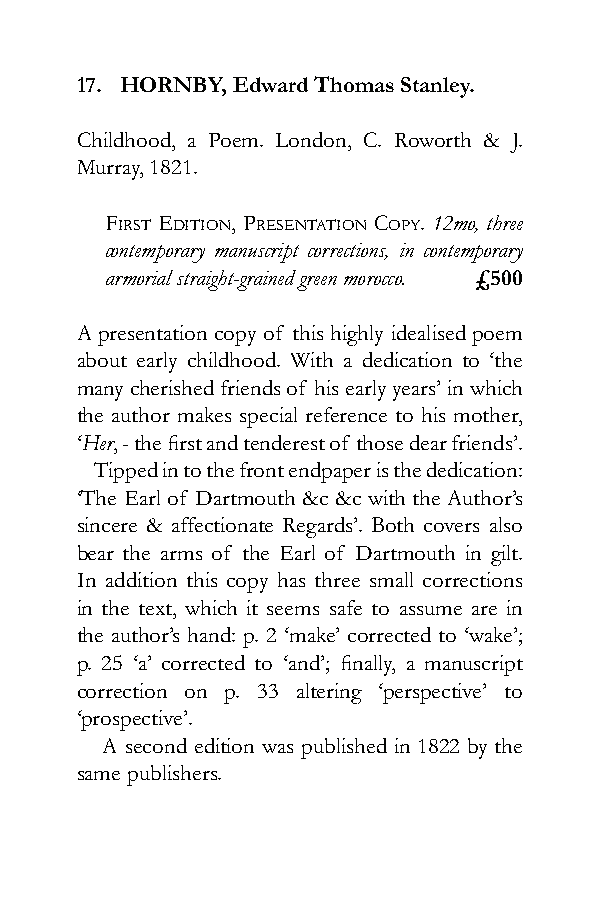
17. HORNBY, Edward Thomas Stanley.
 Childhood, a Poem. London, C. Roworth & J.
 Murray, 1821.
 First Edition, PrEsEntation coPy. 12mo, three
 contemporary manuscript corrections, in contemporary
 armorial straight-grained green morocco. £500
 A presentation copy of this highly idealised poem
 about early childhood. With a dedication to ‘the
 many cherished friends of his early years’ in which
 the author makes special reference to his mother,
 ‘Her, - the first and tenderest of those dear friends’.
 Tipped in to the front endpaper is the dedication:
 ‘The Earl of Dartmouth &c &c with the Author’s
 sincere & affectionate Regards’. Both covers also
 bear the arms of the Earl of Dartmouth in gilt.
 In addition this copy has three small corrections
 in the text, which it seems safe to assume are in
 the author’s hand: p. 2 ‘make’ corrected to ‘wake’;
 p. 25 ‘a’ corrected to ‘and’; finally, a manuscript
 correction on p. 33 altering ‘perspective’ to
 ‘prospective’.
 A second edition was published in 1822 by the
 same publishers.